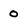
Character: 0